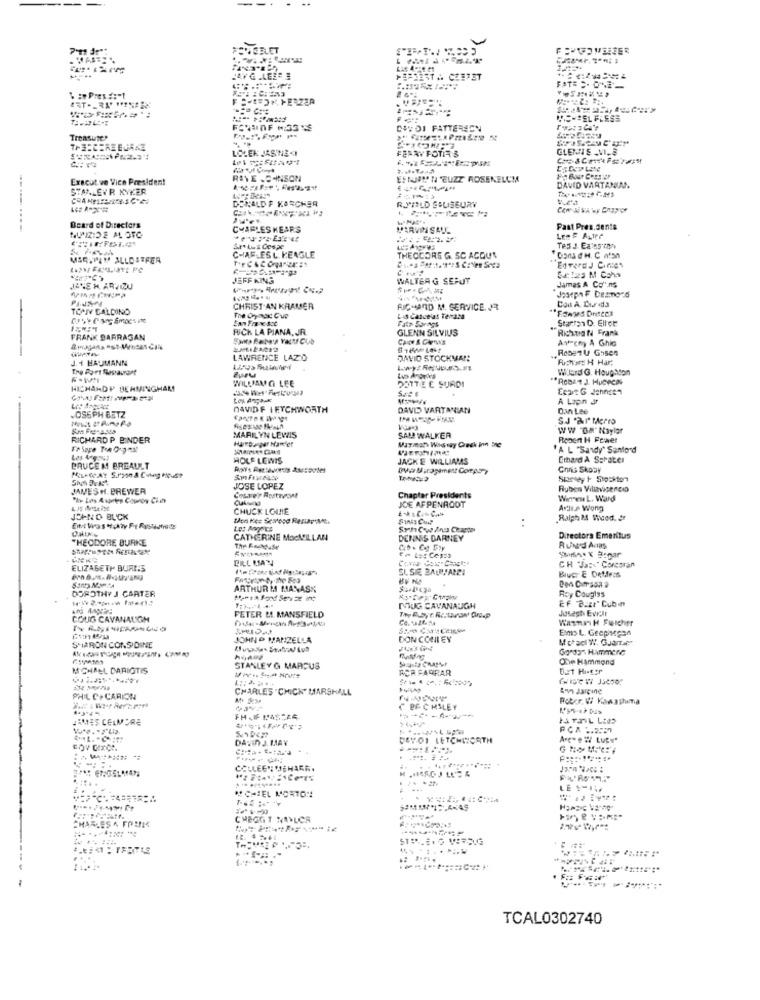
PANISELET
AYG .LES=
1=2EST .. CZETET
৳ :Pres # :- 1
CHSELFLESS
D& D1 FATTERSEN
Tronsuser
THE:CEREBURKE
LOLEK JASNEKI
GLEMTE -VI.8
Executive Vice President
REYE .B4INSON
ESTARY N BUZZ ROSENELCM
STANLEYR KYKER
DAVID VARTANIAN
DONALDF KARCHER
R.J'VILD SALISBURY
Board of Directors
CHARLES KEARS
MARVIN SALL
Past Pres.dente
CHARLESL KEAGLE
MERSPAY ALLOSEFER
THEODORE G. SC ACQUN
EdvardJ Cines
JEFF KING
WALTER G SERUT
Sa: 1as M Coha
JUNE H ARVIZU
Jamas A Co".ns
TOPT GALDINO
CHRIST AN KRAMER
RICHARD M. SERVICE. JR
Lis Calce'at Tenata
Fate Borags
Starten D. Ellot
FICK LA PIANA, JR.
GLENN SILVIUS
RichtON Frank
FRANK BARRAGAN
Avtreny A Ghia
.Resezu Grisen
J.+ BAUMANN
LAWRENCE LAZO
DAVID STOCKMAN!
Fichas H Har,
Tre Port Restaurant
WSrdG. Houghton
WILLIAM GI LEE
DOTTE E SURDI
HICHAMDP BERMINGHAM
A Lapin Jr
JOSEPH BETZ
DAVIDE IFYCHWORTH
DAVID VARTANIAN
Dan Lee
S.J "AI" Merno
WW."BM' Naylor
RICHARD P BINDER
MARILYN LEWIS
Harburger Manfet
SAM WALKER
Maxmat Wassay Dreck Inn Ire
Repent H Fewer
A L "Sandy" Sanford
Les Aagons!
HOLE LEWIS
JACKE WILLIAMS
Erhard À SsPater
BRUCEM BREAULT
Cons Skoby
Simtey F Stockton
JAMES H. BREWER
JOSE LOPEZ
Ruben Villavicencio
Cesare's Austarost
Chapter Presidents
Wennen L. Ward
CHUCK LOUIE
JOE AFPENAOOT
Artis Wong
JOHNO BUCK
Ralph 24 Whood. Er
Let Angpics
SuchCowAno Chagpm
THEODORE BURKE
CATHERINE MacMILLAN
DENNIS DARNEY
Directora Emeritus
Rund Angs
CH Nas-" Corcoran
ELIZABETH BURI.S
SL SIE BALUSAREI
BIucr E Detfr:s
DOROTHY J CARTER
ARTHUR M MANAS%
Roy Couglys
EF "BEzt Cubin
FETER LI MANSFIELD
DOUG CAVANAUGH
Josegh Ever
COUG CAVANAUGH
Wasmak Fischer
Emp L. Geepingen
JOHN P MANZELLA
DON CONLEY
SHARON CONSIDINE
Gordon Hammene
One Hammond
MICHAEL DARIOTIS
STANLEY & MARCUS
RCA FARRAR
DET Histor
CHARLES . CHICK' MARSHALL
PHIL CP CARION
Roter. V. Kawashima
BAC MILEY
JAMES CELMORE
RCA .. 2557
DAVID J. MAY
DEVOI LETCHINORTH
....
COLLEEN DEHARR.
.CIEL MORTON
. ..
LE SIN
CHARLES A FRANKS
CHEGGIT NAYLOR
TCAL0302740